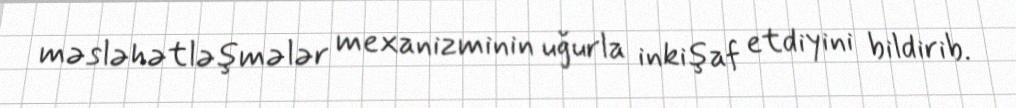
məsləhətləşmələr mexanizminin uğurla inkişaf etdiyini bildirib.